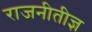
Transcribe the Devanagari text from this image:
राजनीतीज्ञ